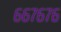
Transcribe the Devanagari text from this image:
६६७६७६